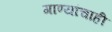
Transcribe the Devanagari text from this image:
गाण्यांचाही